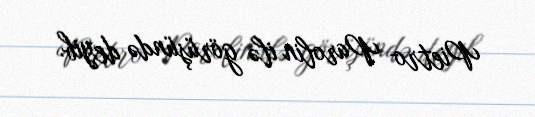
Pietro Parolin ilə görüşündə deyib.